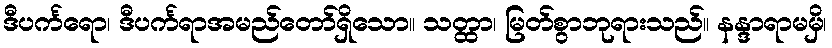
ဒီပင်္ကရော၊ ဒီပင်္ကရာအမည်တော်ရှိသော။ သတ္ထာ၊ မြတ်စွာဘုရားသည်။ နန္ဒာရာမမှိ၊